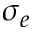
\sigma _ { e }